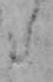
た